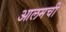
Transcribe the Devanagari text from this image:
आलमची